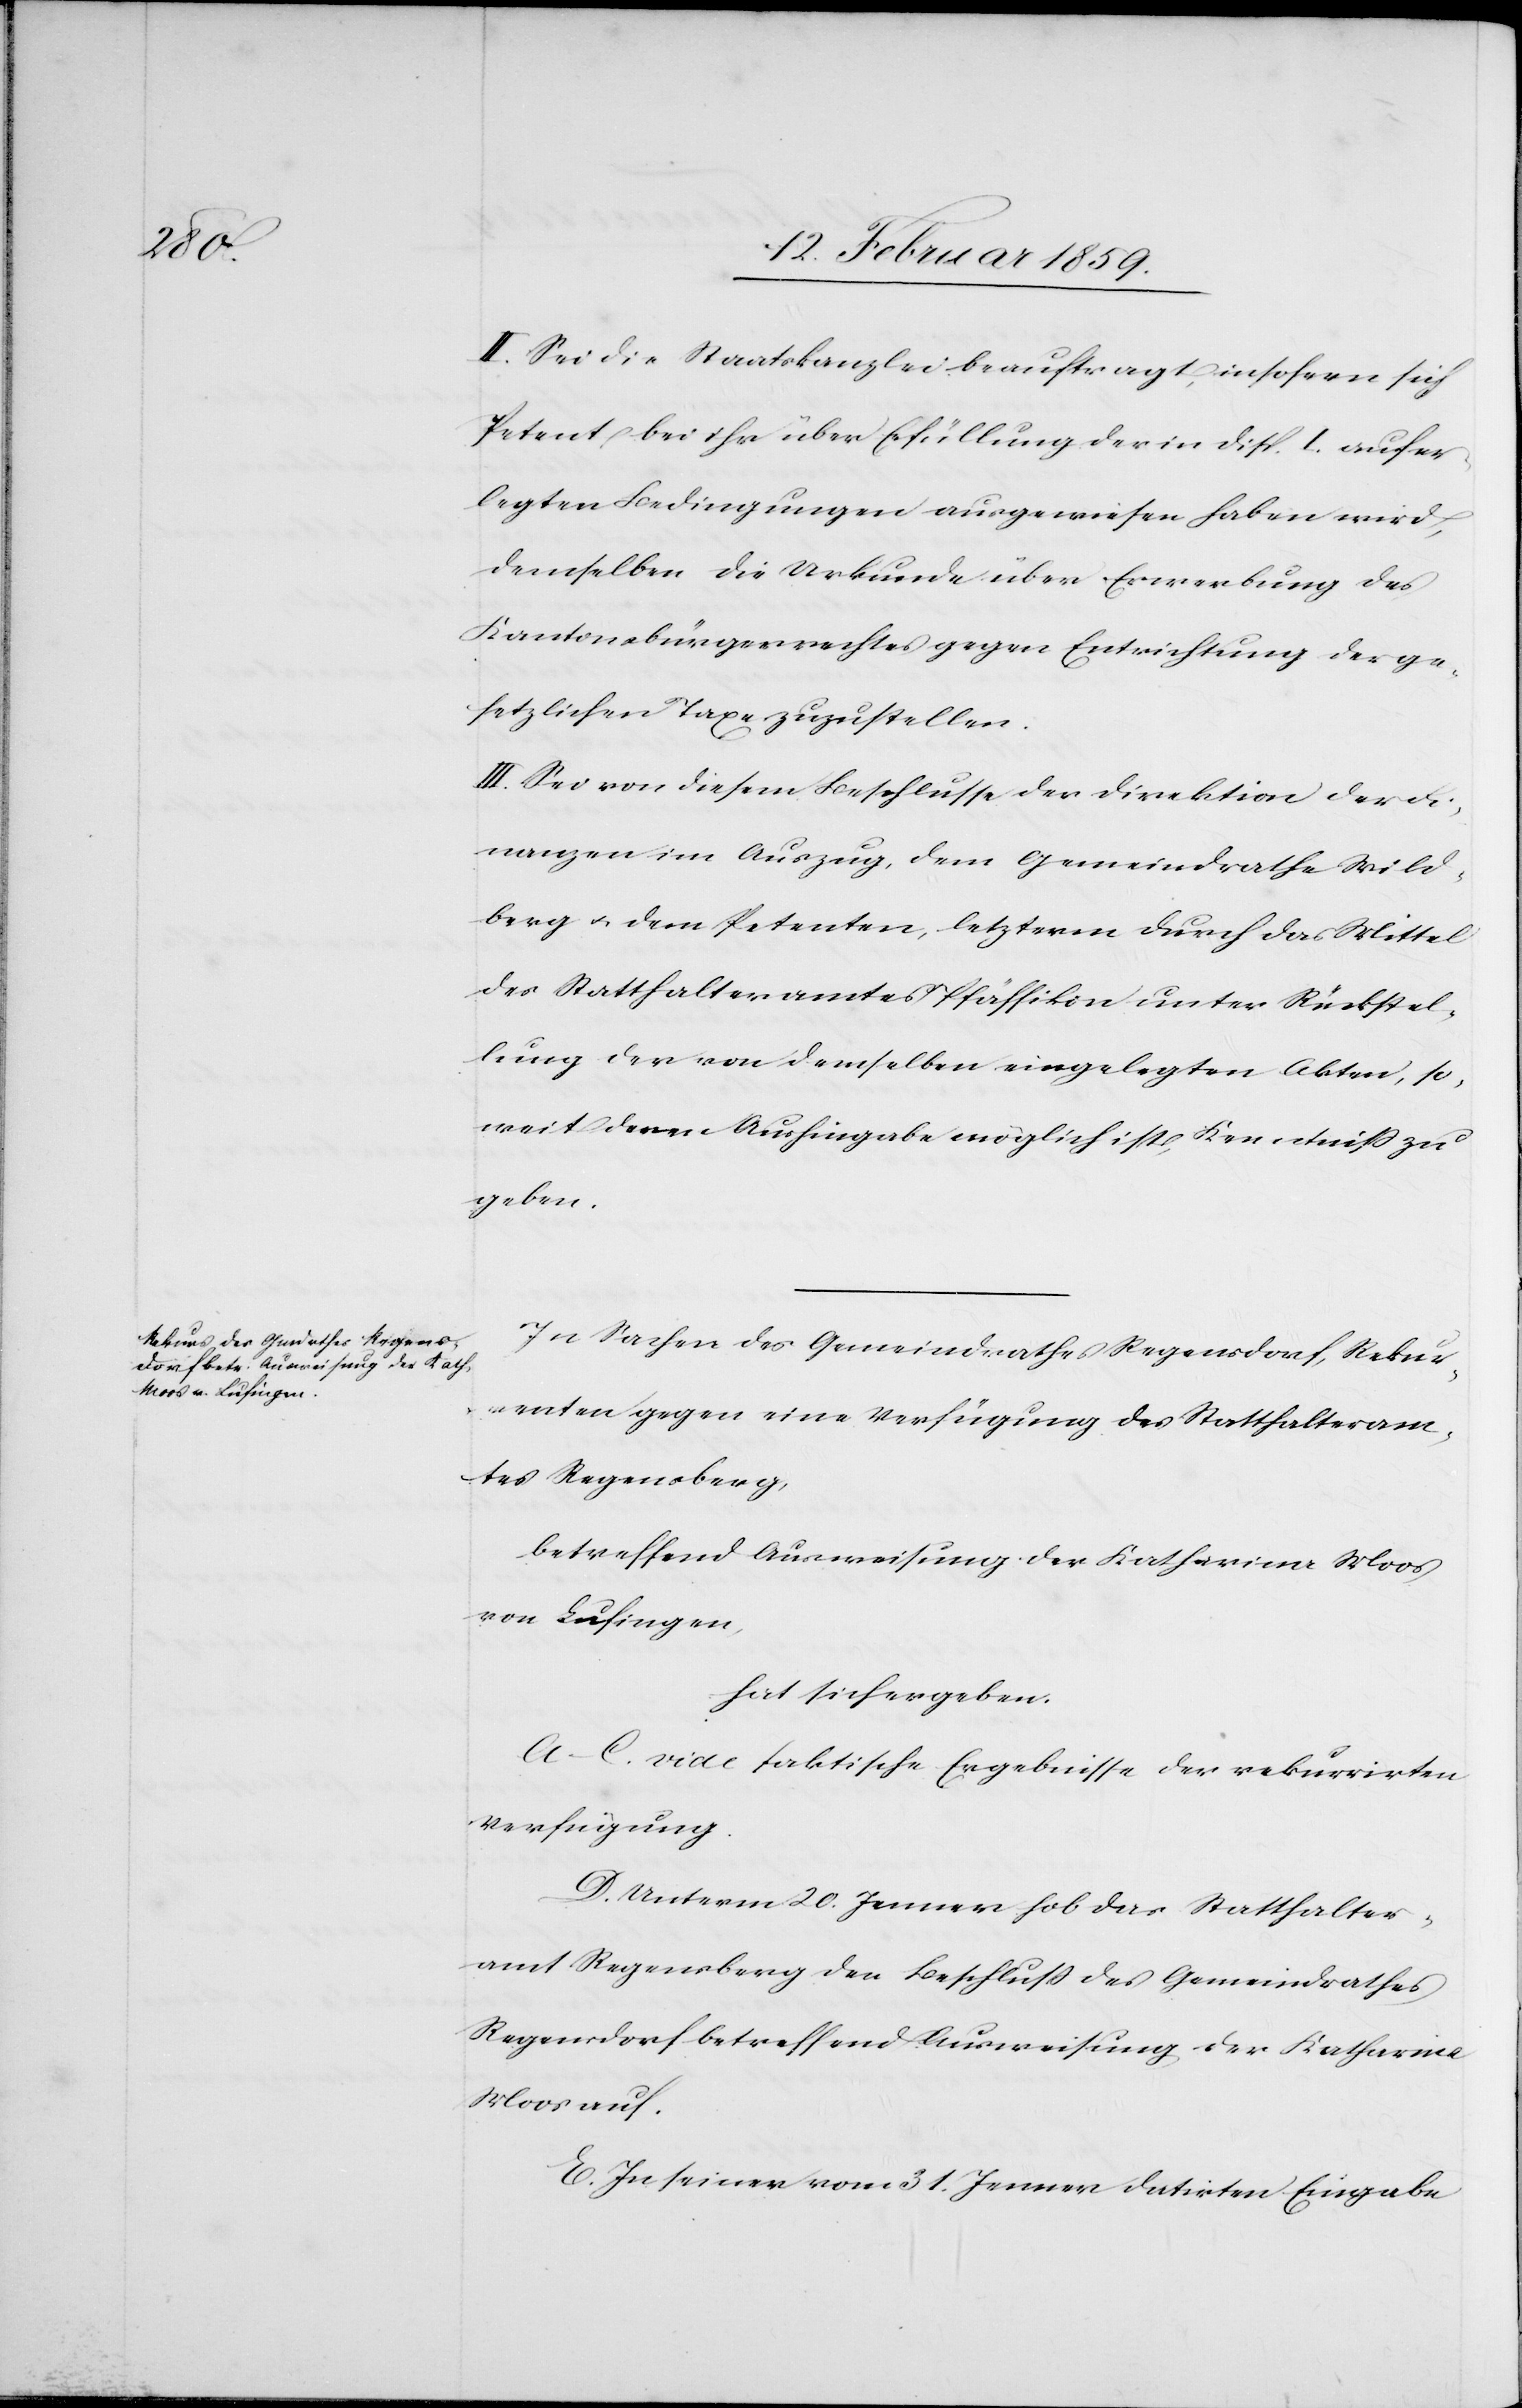
II. Sei die Staatskanzlei beauftragt, insofern sich
Petent bei ihr über Erfüllung der in Disp. I. aufer¬
legten Bedingungen ausgewiesen haben wird,
demselben die Urkunde über Erwerbung des
Kantonsbürgerrechtes gegen Entrichtung der ge¬
setzlichen Taxe zuzustellen.
III. Sei von diesem Beschlusse der Direktion der Fi¬
nanzen im Auszug, dem Gemeindrathe Wild¬
berg u. dem Petenten, letzterm durch das Mittel
des Statthalteramtes Pfäffikon unter Rückstel¬
lung der von demselben eingelegten Akten, so¬
weit deren Aushingabe möglich ist, Kenntniß zu
geben.
In Sachen des Gemeindrathes Regensdorf, Rekur¬
renten gegen eine Verfügung des Statthalteram¬
tes Regensberg,
betreffend Ausweisung der Katharina Moos
von Lufingen,
hat sich ergeben:
A.–C. vide faktische Ergebnisse der rekurrirten
Verfügung.
D. Unterm 20. Januar hob das Statthalter¬
amt Regensberg den Beschluß des Gemeindrathes
Regensdorf betreffend Ausweisung der Katharina
Moos auf.
E. In seiner vom 31. Januar datirten Eingabe